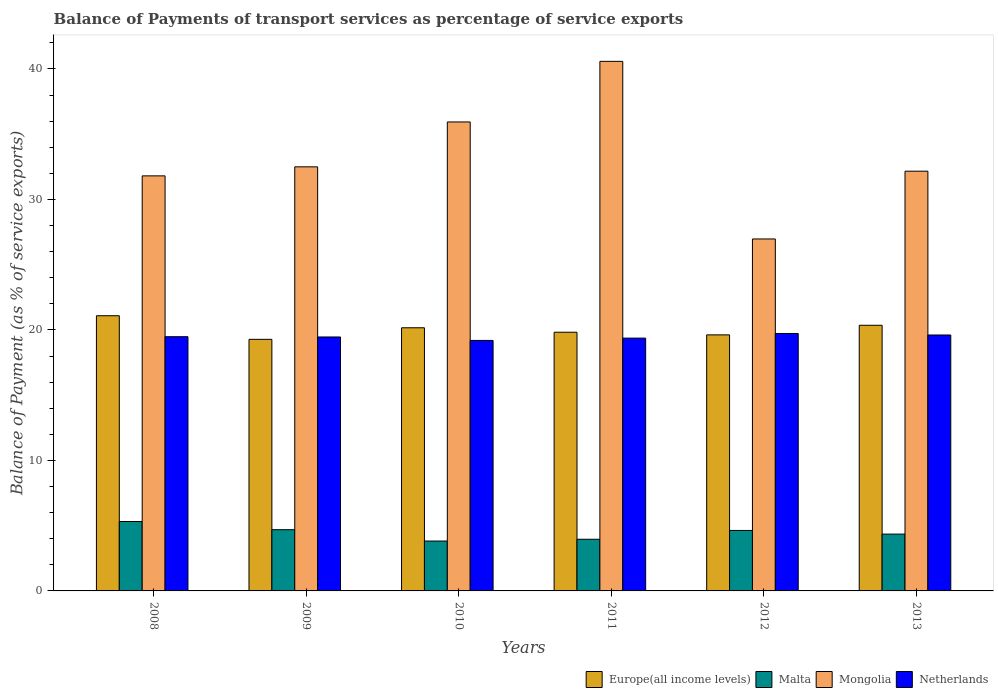
| Years | Europe(all income levels) | Malta | Mongolia | Netherlands |
 | --- | --- | --- | --- | --- |
 | 2008 | 21.1 | 5.32 | 31.8 | 19.5 |
 | 2009 | 19.3 | 4.69 | 32.5 | 19.5 |
 | 2010 | 20.2 | 3.82 | 35.9 | 19.2 |
 | 2011 | 19.8 | 3.96 | 40.6 | 19.4 |
 | 2012 | 19.6 | 4.64 | 27 | 19.7 |
 | 2013 | 20.4 | 4.36 | 32.2 | 19.6 |